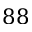
8 8